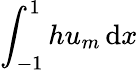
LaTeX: \int_{-1}^{1}hu_{m}\, \mathrm{d}x